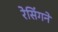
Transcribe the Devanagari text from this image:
रेसिंगने